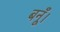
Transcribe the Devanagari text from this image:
बनूँ।